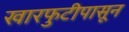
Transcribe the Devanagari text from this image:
खारफुटीपासून